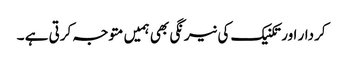
کردار اور تکنیک کی نیرنگی بھی ہمیں متوجہ کرتی ہے ۔